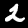
Label: 2